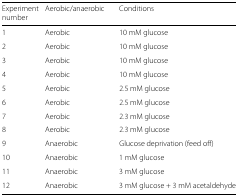
<table><thead><tr><td><b>Experiment number</b></td><td><b>Aerobic/anaerobic</b></td><td><b>Conditions</b></td></tr></thead><tbody><tr><td>1</td><td>Aerobic</td><td>10 mM glucose</td></tr><tr><td>2</td><td>Aerobic</td><td>10 mM glucose</td></tr><tr><td>3</td><td>Aerobic</td><td>10 mM glucose</td></tr><tr><td>4</td><td>Aerobic</td><td>10 mM glucose</td></tr><tr><td>5</td><td>Aerobic</td><td>2.5 mM glucose</td></tr><tr><td>6</td><td>Aerobic</td><td>2.5 mM glucose</td></tr><tr><td>7</td><td>Aerobic</td><td>2.3 mM glucose</td></tr><tr><td>8</td><td>Aerobic</td><td>2.3 mM glucose</td></tr><tr><td>9</td><td>Anaerobic</td><td>Glucose deprivation (feed off)</td></tr><tr><td>10</td><td>Anaerobic</td><td>1 mM glucose</td></tr><tr><td>11</td><td>Anaerobic</td><td>3 mM glucose</td></tr><tr><td>12</td><td>Anaerobic</td><td>3 mM glucose + 3 mM acetaldehyde</td></tr></tbody></table>